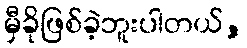
မှီခိုဖြစ်ခဲ့ဘူးပါတယ်,